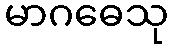
မာဂဓေသု